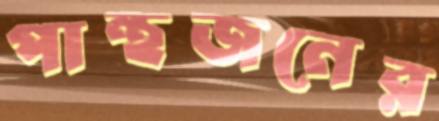
পান্থজনের